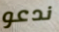
ندعو